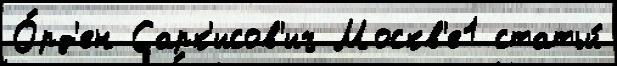
О́рд'ен Сарк'исов'ич Москв'е1 статьи́